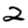
Digit: 2